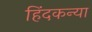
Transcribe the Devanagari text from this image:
हिंदकन्या